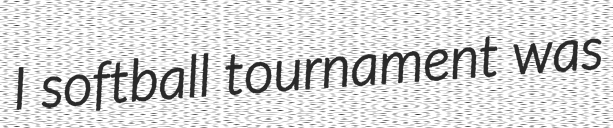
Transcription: I softball tournament was